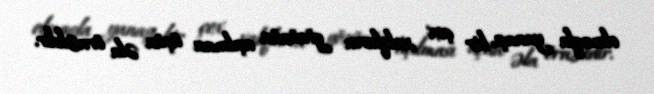
olmaqla yanaşı, bir çox xalqların gözünün açılması üçün əla örnəkdir.